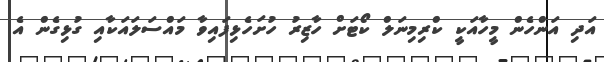
އަދި އަންހެން މީހާއަކީ ކްރިމިނަލް ކޯޓަށް ހާޒިރު ހުށަހެޅިފައިވާ މައްސަލައަކާއި ގުޅިގެން އެ